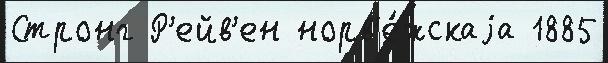
Стронг Р'ейв'ен норв'е́жскаjа 1885